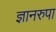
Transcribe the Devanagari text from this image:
ज्ञानरुपा